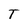
Character: T